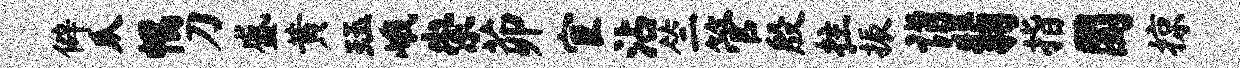
僻瓜幅刀盛黄珏峨崇茆宦沾竺管殷拄振诣翡指圜掠